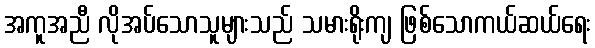
အကူအညီ လိုအပ်သောသူများသည် သမားရိုးကျ ဖြစ်သောကယ်ဆယ်ရေး